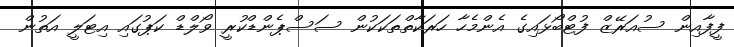
ފީފާއިން ސުއަރޭޒް ފުޓްބޯޅައިގެ އެންމެހާ ހަރަކާތްތަކަކުން ސަސްޕެންޑްކުރީ ވޯލްޑް ކަޕުގައި އިޓަލީ އަތުން